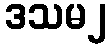
ဒသမ၂